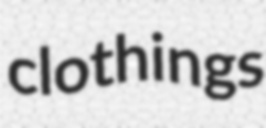
clothings